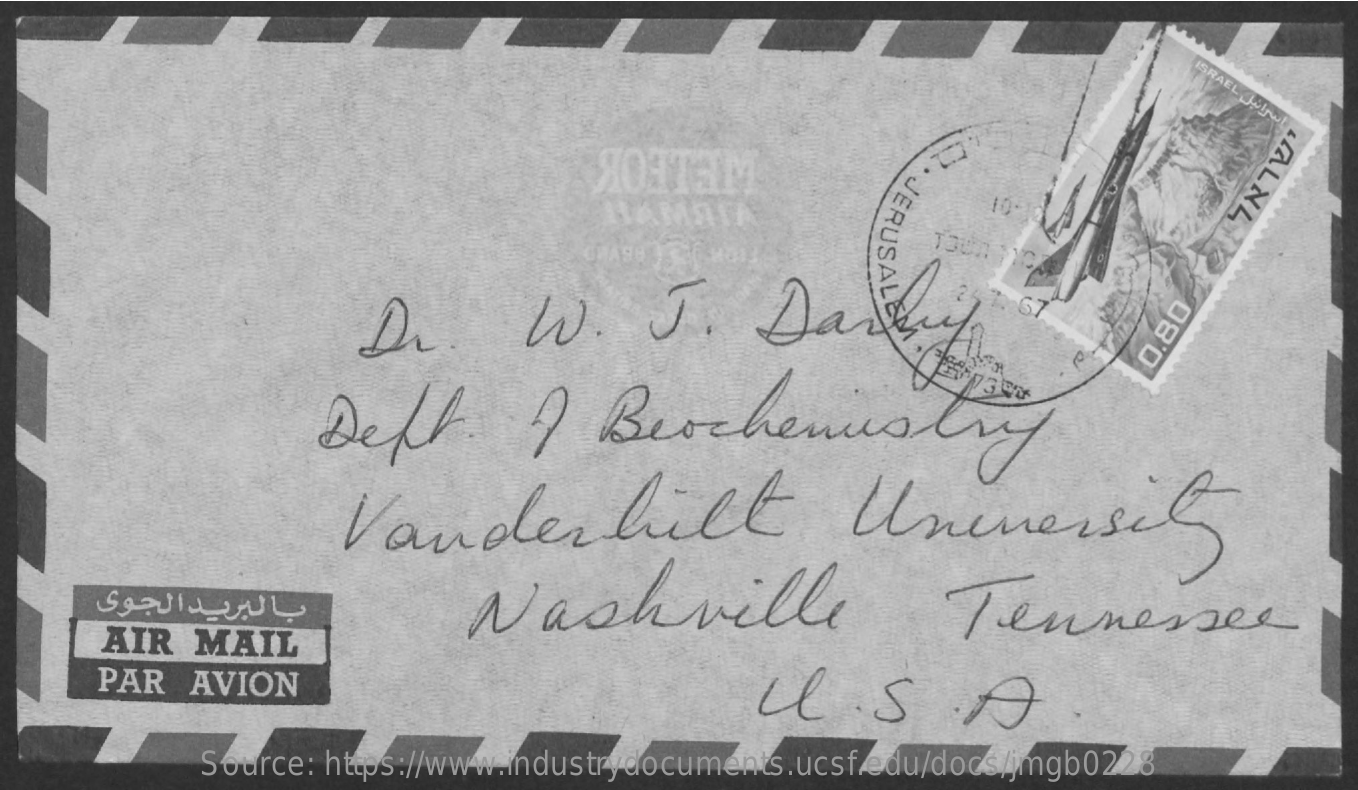
ISRAEL
     Jobret
     LLALNL WELFOK
     Dr.    W.    J.    Dabeiy    67
     0.80
     Deft.    I   Beochemistry
     Vanderbilt    Universel
     Nashville    Tennessee
     AIR   MAIL
     PAR   AVION    U    .S.D
     Source: https://www.industrydocuments.ucsf.edu/docs/jmgb0228